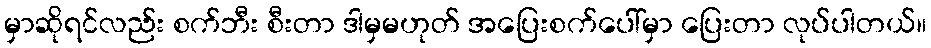
မှာဆိုရင်လည်း စက်ဘီး စီးတာ ဒါမှမဟုတ် အပြေးစက်ပေါ်မှာ ပြေးတာ လုပ်ပါတယ်။